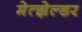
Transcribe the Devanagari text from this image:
मेत्झेल्डर